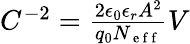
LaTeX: \begin{array}{r}{C^{-2}=\frac{2\epsilon_{0}\epsilon_{r}A^{2}}{q_{0}N_{\mathrm{~e~f~f~}}}V}\end{array}